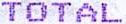
TOTAL